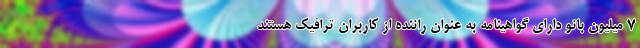
7 میلیون بانو دارای گواهینامه به عنوان راننده از کاربران ترافیک هستند